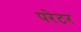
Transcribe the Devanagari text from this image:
परेटर